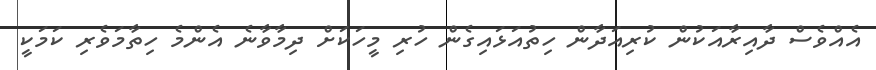
އެއްވެސް ދާއިރާއަކުން ކުރިއަދާން ހިތުއަޅައިގެން ހުރި މީހަކަށް ދިމާވާނެ އެންމެ ހިތާމަވެރި ކަމަކީ